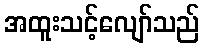
အထူးသင့်လျော်သည်